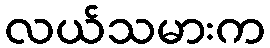
လယ်သမားက